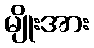
မျိုးအား